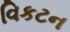
વિકટન